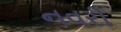
નવરી